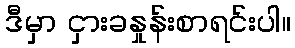
ဒီမှာ ငှားခနှုန်းစာရင်းပါ။